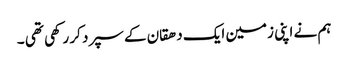
ہم نے اپنی زمین ایک دھقان کے سپرد کر رکھی تھی ۔